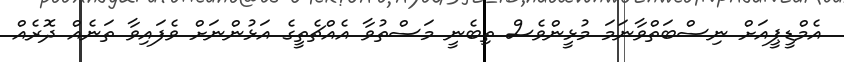
އެމްޑީޕީއަށް ނިސްބަތްވާނަމަ މުޅީންވެސް ތިބެނީ މަސްތުވާ އެއްޗެތީގެ އަޅުންނަށް ވެފައިވާ ތަނެއް ދޮރެއް